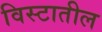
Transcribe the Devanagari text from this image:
विस्टातील